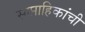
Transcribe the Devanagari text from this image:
साप्ताहिकांची